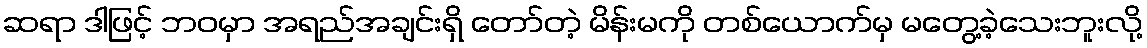
ဆရာ ဒါဖြင့် ဘဝမှာ အရည်အချင်းရှိ တော်တဲ့ မိန်းမကို တစ်ယောက်မှ မတွေ့ခဲ့သေးဘူးလို့